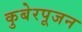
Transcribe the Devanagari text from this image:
कुबेरपूजन